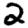
Digit: 2